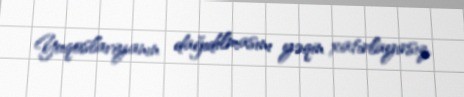
Yuqoslaviyanın dağıdılmasını yəqin xatırlayırsız.